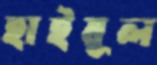
হাইয়ূল